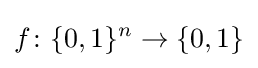
f\colon \{0,1\}^{n}\to \{0,1\}